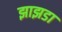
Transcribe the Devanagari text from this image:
झाझडा